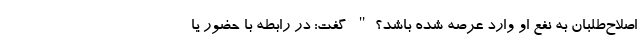
اصلاح‌طلبان به نفع او وارد عرصه شده باشد؟" گفت: در رابطه با حضور یا